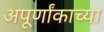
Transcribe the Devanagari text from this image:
अपूर्णांकाच्या